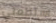
استطعتي